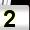
Digit: 2